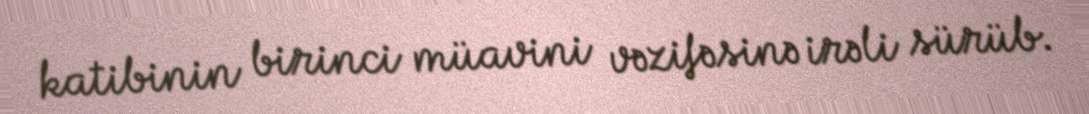
katibinin birinci müavini vəzifəsinə irəli sürüb.